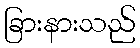
ခြားနားသည်